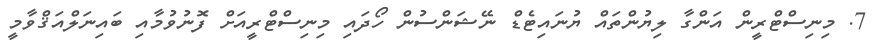
7. މިނިސްޓްރީން އަންގާ ލިޔުންތައް ޔުނައިޓެޑް ނޭޝަންސުން ހޯދައި މިނިސްޓްރީއަށް ފޮނުވުމާއި ބައިނަލްއަޤްވާމީ